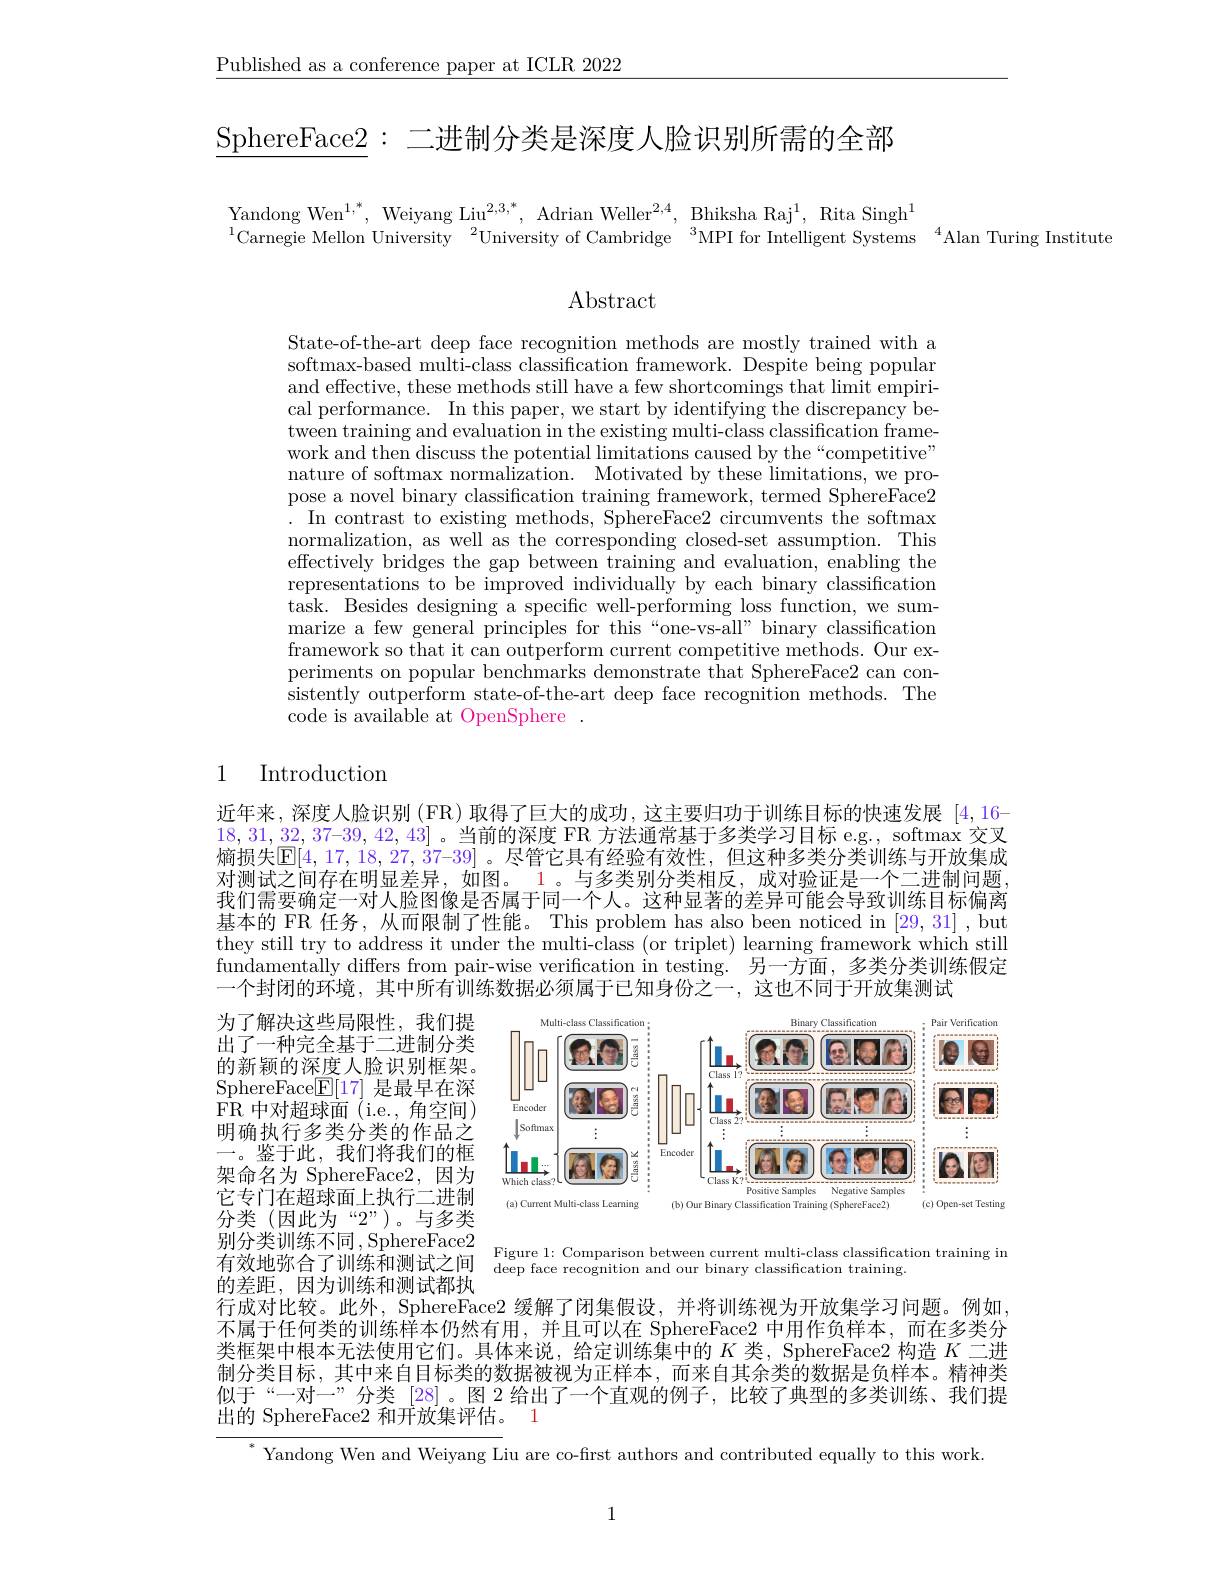
$\underline{\text{Published as a conference paper at ICLR 2022}}$

SphereFace2: 二进制分类是深度人脸识别所需的全部

Yandong We$n^{1, * }$, Weiyang Li$u^{2, 3, * }$, Adrian Welle$r^{2, 4}$, Bhiksha Ra$j^{1}$, Rita Sing$h^{1}$
$^{1}$Carnegie Mellon University$^2$University of Cambridge$^3$MPI for Intelligent Systems$^4$Alan Turing Institute

Abstract

State-of-the-art deep face recognition methods are mostly trained with a softmax-based multi-class classification framework. Despite being popular and effective, these methods still have a few shortcomings that limit empirical performance. In this paper, we start by identifying the discrepancy be- $\dot{\text{tween training and evaluation in the existing multi-class classification frame-}}$ work and then discuss the potential limitations caused by the“competitive” nature of softmax normalization. Motivated by these limitations, we propose a novel binary classification training framework, termed SphereFace2 In contrast to existing methods, SphereFace2 circumvents the softmax normalization, as well as the corresponding closed-set assumption. This effectively bridges the gap between training and evaluation, enabling the representations to be improved individually by each binary classification task. Besides designing a specific well-performing loss function, we summarize a few general principles for this“one-vs-all” binary classification framework so that it can outperform current competitive methods. Our experiments on popular benchmarks demonstrate that SphereFace2 can consistently outperform state-of-the-art deep face recognition methods. The code is available at OpenSphere .

1

Introduction

近年来，深度人脸识别 (FR) 取得了巨大的成功，这主要归功于训练目标的快速发展[4,16-1] $18,31,32,37–39,42,43]$。当前的深度 FR 方法通常基于多类学习目标 e.g., softmax 交叉熵损失$\boxed{\mathrm{E}}[4,17,18,27,\dot{3}7–39]$ 。尽管它具有经验有效性，但这种多类分类训练与开放集成对测试之间存在明显差异，如图。1。与多类别分类相反，成对验证是一个二进制问题我们需要确定一对人脸图像是否属于同一个人。这种显著的差异可能会导致训练目标偏离基本的 FR 任务，从而限制了性能。This problem has also been noticed in [29,31] , but they still try to address it under the multi-class (or triplet) learning framework which still fundamentally differs from pair-wise verification in testing. 另一方面，多类分类训练假定一个封闭的环境，其中所有训练数据必须属于已知身份之一，这也不同于开放集测试

<FigureHere>

为了解决这些局限性，我们提出了一种完全基于二进制分类的新颖的深度人脸识别框架。SphereFace$\mathbb{E}[17]$是最早在深FR 中对超球面 (i.e., 角空间) 明确执行多类分类的作品之一。鉴于此，我们将我们的框架命名为 SphereFace2,因为它专门在超球面上执行二进制分类(因此为“2”)。与多类别分类训练不同，SphereFace2有效地弥合了训练和测试之间$\frac{\text{Figurel:Comparısonbetweencurrentmultı-classclassıfnca}}{\text{deepface recognition and our binary classification training}}$
的差距，因为训练和测试都执
行成对比较。此外，SphereFace2 缓解了闭集假设，并将训练视为开放集学习问题。例如，

$\operatorname{Figure}$
Comparison between current multi-class classification training in

$\bar{\text{不属于任何类的训练样本仍然有用，并且可以在 SphereFace2 中用作负样本，而在多类分}}$ 类框架中根本无法使用它们。具体来说，给定训练集中的$K$类，SphereFace2 构造$K$二进制分类目标，其中来自目标类的数据被视为正样本，而来自其余类的数据是负样本。精神类似于“一对一”分类 [28]。图 2 给出了一个直观的例子，比较了典型的多类训练、我们提出的 SphereFace2 和开放集评估。1

Yandong Wen and Weiyang Liu are co-first authors and contributed equally to this work

1